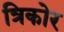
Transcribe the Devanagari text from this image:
त्रिकोर